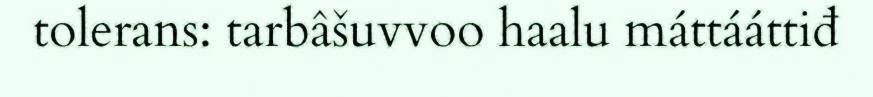
tolerans: tarbâšuvvoo haalu máttááttiđ